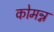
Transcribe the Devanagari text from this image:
कोमन्न